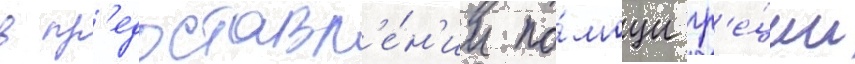
в пр'едоставл'е́н'ии по́мощи гр'е́ции